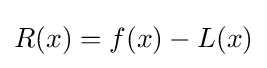
R(x)=f(x)-L(x)